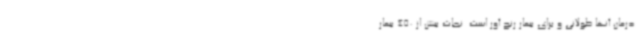
درمان آنها طولانی و برای بیمار رنج آور است. نجات بیش از 450 بیمار